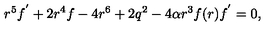
r ^ { 5 } f ^ { ^ { \prime } } + 2 r ^ { 4 } f - 4 r ^ { 6 } + 2 q ^ { 2 } - 4 \alpha r ^ { 3 } f ( r ) f ^ { ^ { \prime } } = 0 ,